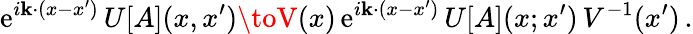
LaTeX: \mathrm{e}^{i\mathbf{k}\cdot(x-x^{\prime})}\, U[A](x,x^{\prime})\toV(x)\, \mathrm{e}^{i\mathbf{k}\cdot(x-x^{\prime})}\, U[A](x;x^{\prime})\, V^{-1}(x^{\prime})\, .